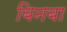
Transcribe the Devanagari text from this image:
बिनबा